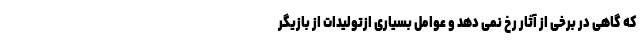
که گاهی در برخی از آثار رخ نمی دهد و عوامل بسیاری ازتولیدات از بازیگر